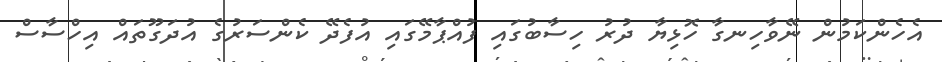
އެހެންކަމުން ނޭވާހިނގާ ހޮޅިޔާ ދުރު ހިސާބުގައި ފުއްޕާމޭގައި އުފެދޭ ކެންސަރުގެ އުދަގޫތައް އިހްސާސް